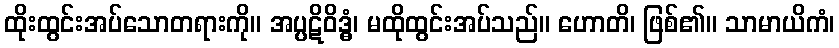
ထိုးထွင်းအပ်သောတရားကို။ အပ္ပဋိဝိဒ္ဓံ၊ မထိုထွင်းအပ်သည်။ ဟောတိ၊ ဖြစ်၏။ သာမာယိကံ၊